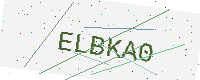
Text: ELBKA0